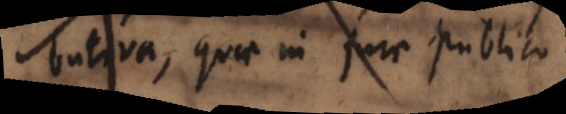
distributiva, quae in jure publico